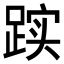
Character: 𲃭